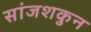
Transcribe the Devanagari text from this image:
सांजशकुन